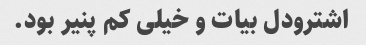
اشترودل بیات و خیلی کم پنیر بود.